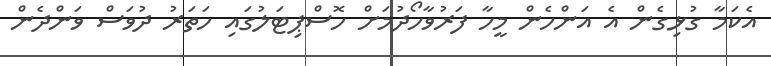
އެކަމާ ގުޅިގެން އެ އަންހެން މީހާ ފަރުވާހޯދުމަށް ހޮސްޕިޓަލުގައި ހަތަރު ދުވަސް ވަންދެން